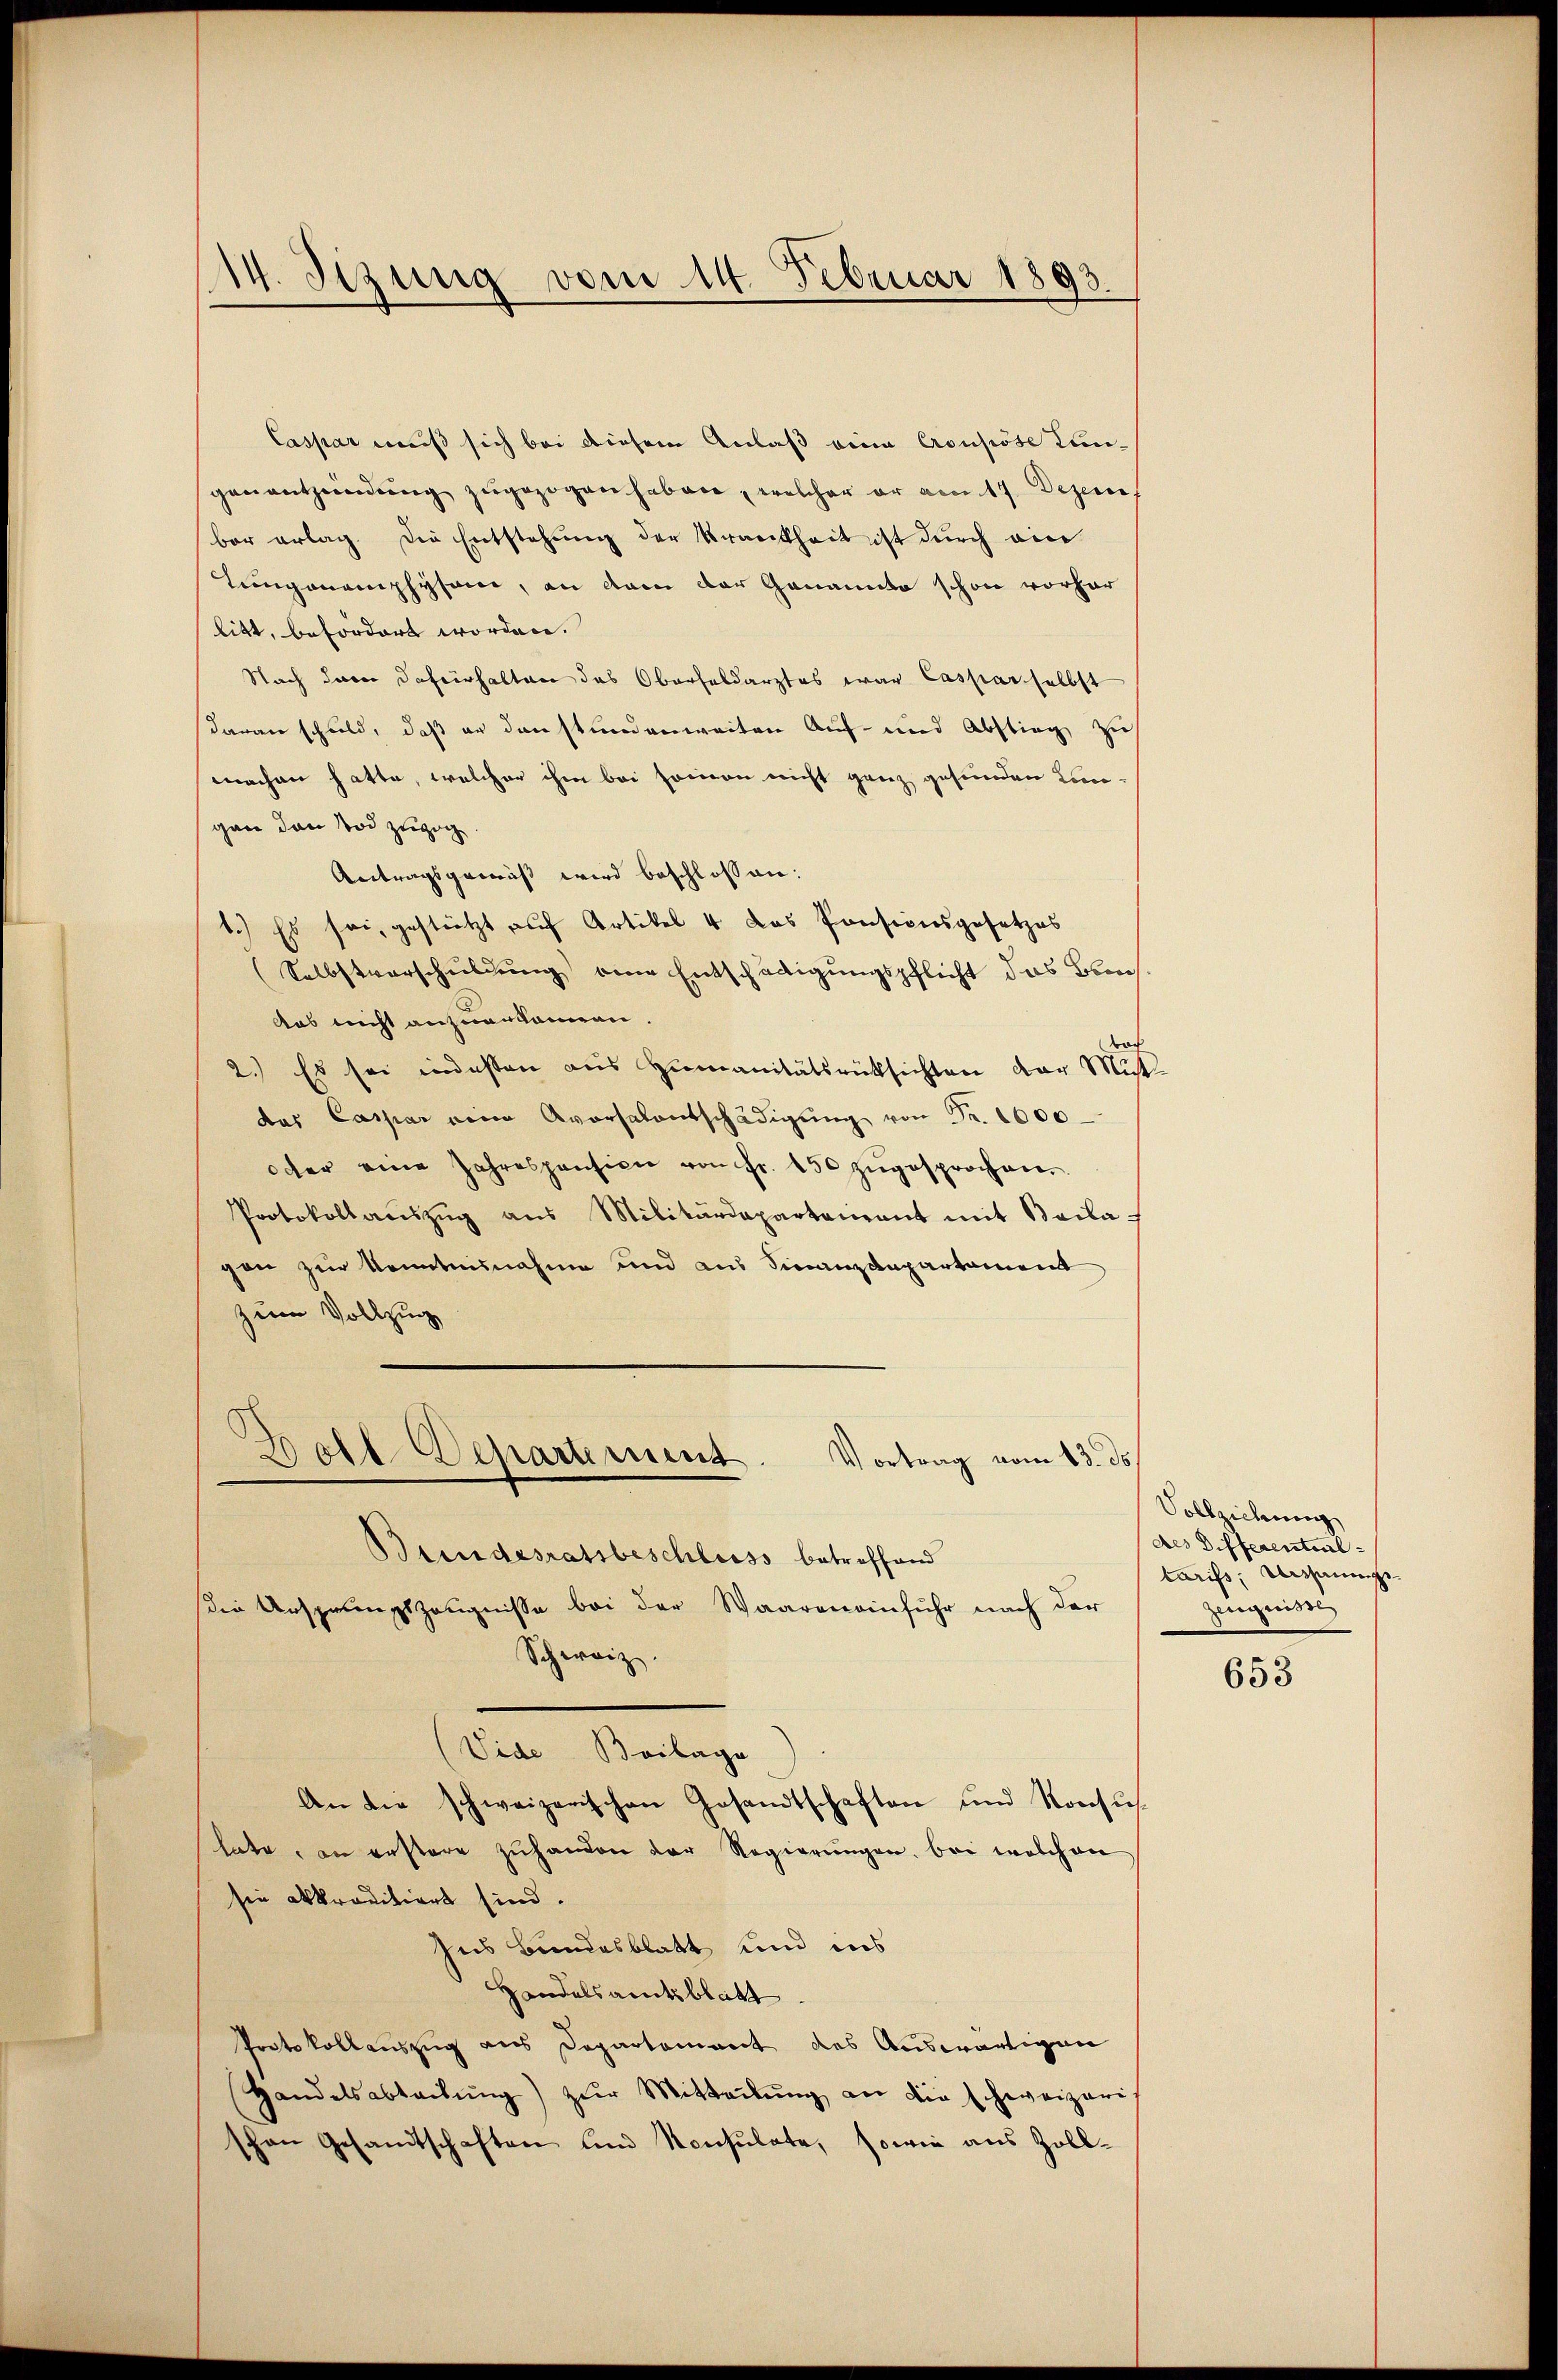
14. Sizung vom 14. Februar 1893.

Caspar muß sich bei diesem Anlaß eine Crousiöse Kungenanntzündung zugezogen haben, welcher er am 17. Dezem.
ber erlag. Die Entstehung der Krankheit ist durch ein
Lungenemphysame, an dann der Genannte schon vorher
litt, befordert worden.
Nach daran dafürhalten das Oberfeldarztes war Caspar selbst
daran schuld, daß er den stundenweiten Auf- und Abstieg zu
machen hatte, welcher ihm bei sommen nicht ganz gesunden Lan-
gan dann Tod zuzog
Antragsgemäß wird beschlossen:
1.) Es sei, gestützt auf Artikel 4 das Pensionsgesetzes
(Selbstverschuldung von Entschädigungspflicht das Oberdas nicht anzuerkennen.
roch
2.) Es sei indessen aus Humanitätsrücksichten der Mist
das Caspar eine Aversalentschädigŭng von Fr. 1000
oder eine Jahrespension von Fr. 250 zugesprochen
Protokollaŭszŭg ans Militärdepartement mit Baila
gen zur Kenntnisnahme und aus Finanzdepartament
zum Vollzug
Boll-Departement. Vortrag vom 13. ds.
Bundesratsbeschluss betreffend
die Ansprungszeugnisse bei der Waaren einfuhr nach der
Schweiz.
(Vide Beilage
An die schweizerischen Gesandtschaften und Konsus
late, in erstere zuhanden der Regierungen, bei welchen
sie akraditiert sind.
Ins Bundesblatt und ins
Handelsamtsblatt
Protokollauszug aus Departement des Auswärtigen
Handelsabteilŭng zŭr Mitteilŭng an die schweizeri
schon Gesandtschaften und Konsulate, sowie aus Zoll¬

Vollziehung
des Differentialtariss, Unsinge¬
Zereggerisse

653